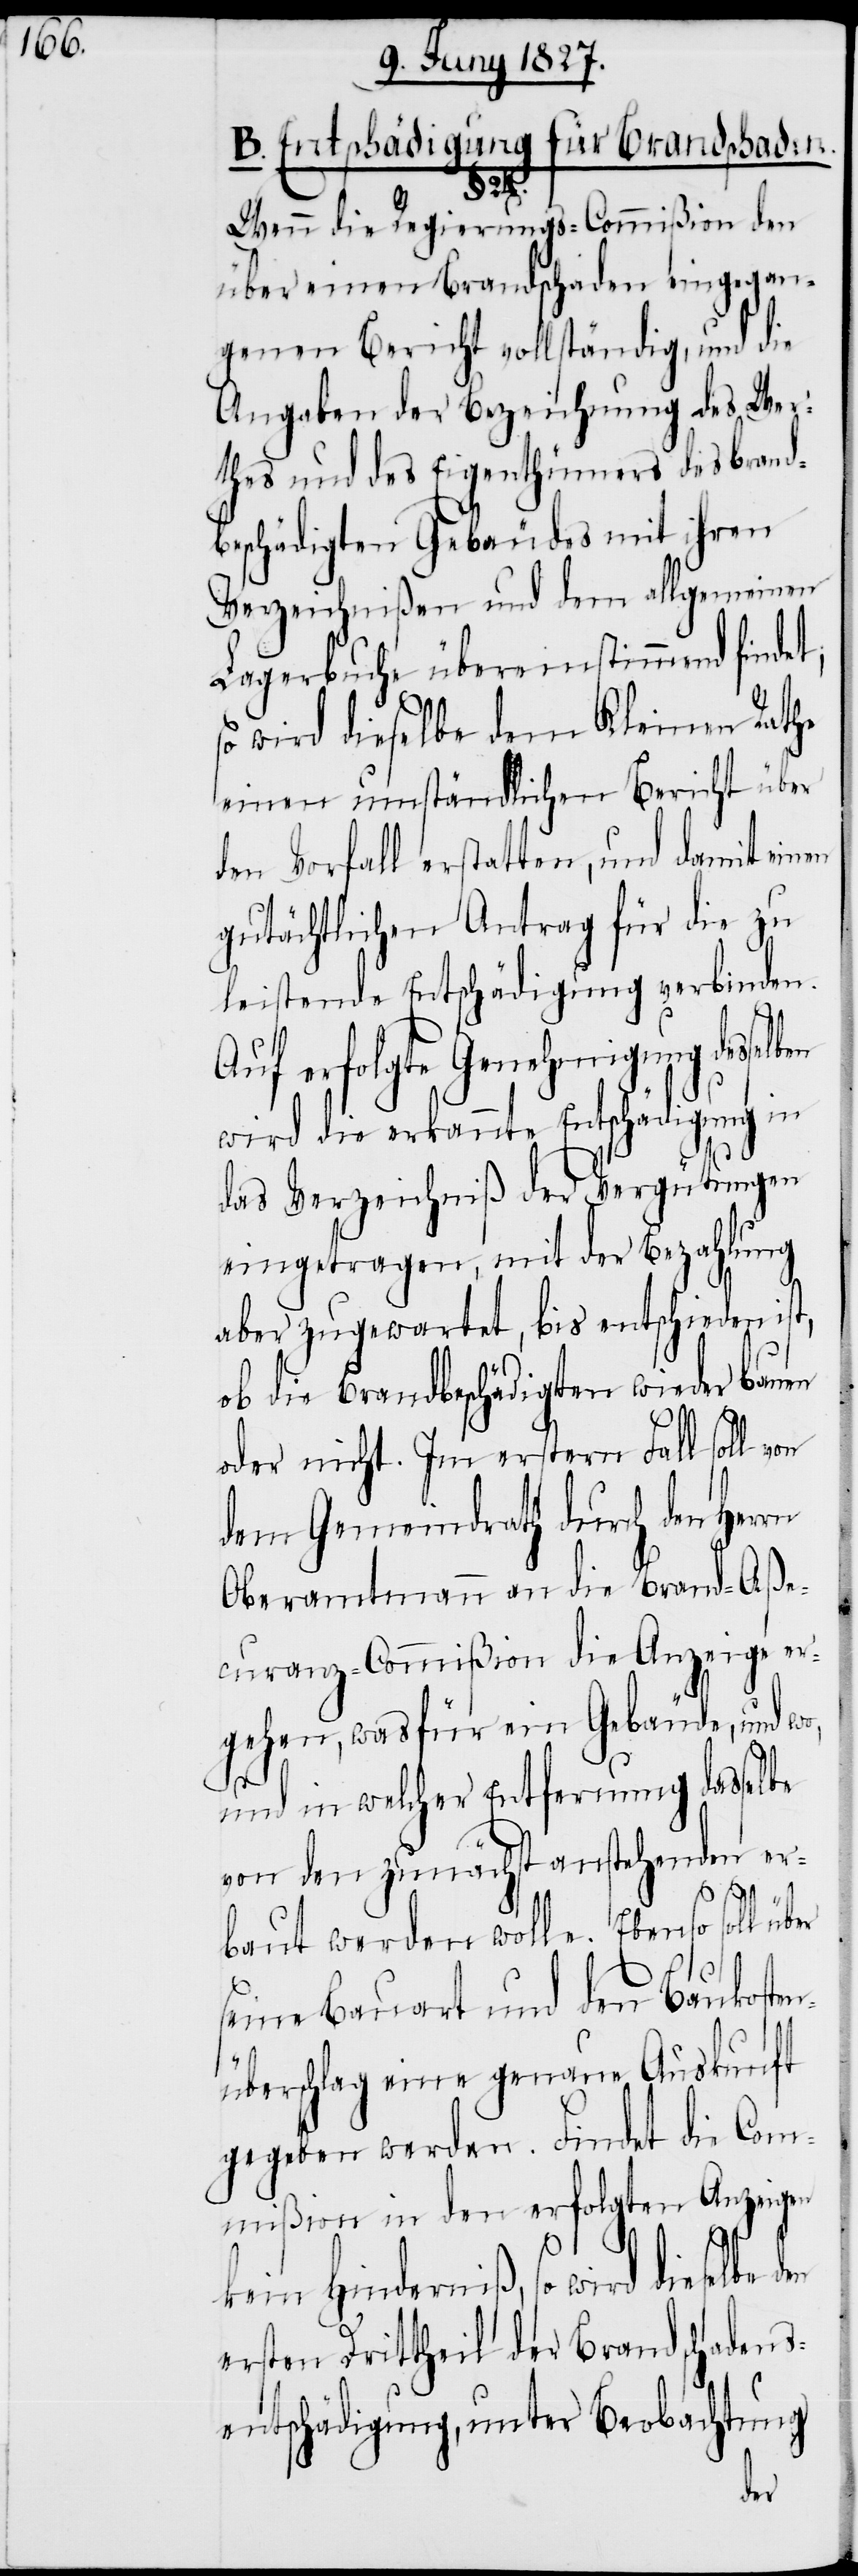
B. Entschädigung für Brandschaden.
lben
Wenn die Regierungs-Commißion den
über einen Brandschaden eingegan¬
genen Bericht vollständig, und die
Angaben der Bezeichnung des Wer¬
thes und des Eigenthümers des brand¬
beschädigten Gebäudes mit ihren
Verzeichnißen und dem allgemeinen
Lagerbuche übereinstimmend findet;
wird dieselbe dem Kleinen Rathe
einen umständlichen Bericht über
den Vorfall erstatten, und damit einen
gutächtlichen Antrag für die zu
leistende Entschädigung verbinden.
Auf erfolgte Genehmigung desse¬
wird die erkannte Entschädigung in
das Verzeichniß der Vergütungen
eingetragen, mit der Bezahlung
aber zugewartet, bis entschieden ist,
ob die Brandbeschädigten wieder bauen
oder nicht. Im erstern Fall soll von
dem Gemeindrath durch den
Oberamtmann an die Brand-Aße¬
curanz-Commißion die Anzeige er¬
gehen, wasfür ein Gebäude, und wo,
und in welcher Entfernung dasselbe
von den zunächst anstehenden er¬
baut werden wolle. Ebenso soll ü¬
seine Bauart und den Baukosten¬
überschlag eine genaue Auskunft
gegeben werden. Findet die Com¬
mißion in den erfolgten Anzeigen
kein Hinderniß, so wird dieselbe
ersten Drittheil der Brandschadens¬
entschädigung, unter Beobachtung
den